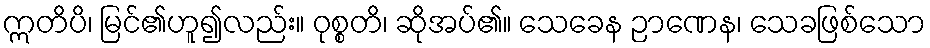
ဣတိပိ၊ မြင်၏ဟူ၍လည်း။ ဝုစ္စတိ၊ ဆိုအပ်၏။ သေခေန ဉာဏေန၊ သေခဖြစ်သော